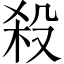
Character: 殺